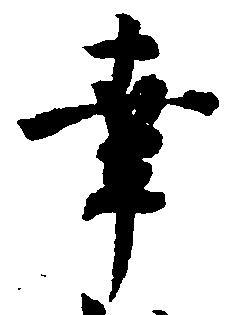
幸